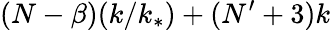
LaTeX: (N-\beta)(k/k_{*})+(N^{\prime}+3)k